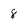
Character: 8